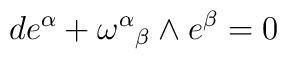
de^\alpha +{\omega^\alpha}_\beta \wedge e^\beta=0